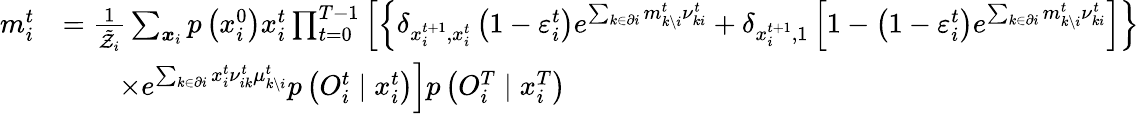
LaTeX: \begin{array}{rl}{m_{i}^{t}}&{=\frac{1}{\tilde{\mathcal{Z}}_{i}}\sum_{\boldsymbol{x}_{i}}p\left(x_{i}^{0}\right)x_{i}^{t}\prod_{t=0}^{T-1}\left[\left\{ \delta_{x_{i}^{t+1},x_{i}^{t}}\left(1-\varepsilon_{i}^{t}\right)e^{\sum_{k\in\partial i}m_{k\setminus i}^{t}\nu_{ki}^{t}}+\delta_{x_{i}^{t+1},1}\left[1-\left(1-\varepsilon_{i}^{t}\right)e^{\sum_{k\in\partial i}m_{k\setminus i}^{t}\nu_{ki}^{t}}\right]\right\} \right.}\\ &{\qquad\left.\times e^{\sum_{k\in\partial i}x_{i}^{t}\nu_{ik}^{t}\mu_{k\setminus i}^{t}}p\left(O_{i}^{t}\mid x_{i}^{t}\right)\right]p\left({O}_{i}^{T}\mid x_{i}^{T}\right)}\end{array}